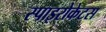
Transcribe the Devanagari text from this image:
स्पाइरोकेटस